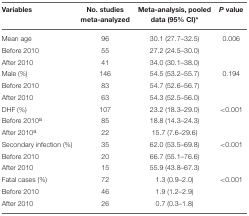
| Variables | No. studies meta-analyzed | Meta-analysis, pooled data (95% CI)* | P value |
 | --- | --- | --- | --- |
 | Mean age | 96 | 30.1 (27.7–32.5) | 0.006 |
 | Before 2010 | 55 | 27.2 (24.5–30.0) |  |
 | After 2010 | 41 | 34.0 (30.1–38.0) |  |
 | Male (%) | 146 | 54.5 (53.2–55.7) | 0.194 |
 | Before 2010 | 83 | 54.7 (52.6–56.7) |  |
 | After 2010 | 63 | 54.3 (52.5–56.0) |  |
 | DHF (%) | 107 | 23.2 (18.3–29.0) | <0.001 |
 | Before 2010a | 85 | 18.8 (14.3–24.3) |  |
 | After 2010a | 22 | 15.7 (7.6–29.6) |  |
 | Secondary infection (%) | 35 | 62.0 (53.5–69.8) | <0.001 |
 | Before 2010 | 20 | 66.7 (55.1–76.6) |  |
 | After 2010 | 15 | 55.9 (43.8–67.3) |  |
 | Fatal cases (%) | 72 | 1.3 (0.9–2.0) | <0.001 |
 | Before 2010 | 46 | 1.9 (1.2–2.9) |  |
 | After 2010 | 26 | 0.7 (0.3–1.8) |  |